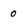
Character: 0